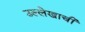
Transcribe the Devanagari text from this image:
उल्लेखाची